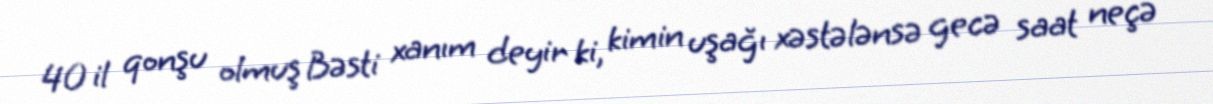
40 il qonşu olmuş Bəsti xanım deyir ki, kimin uşağı xəstələnsə gecə saat neçə